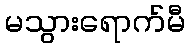
မသွားရောက်မီ